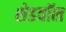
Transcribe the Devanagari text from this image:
शेडवॉल